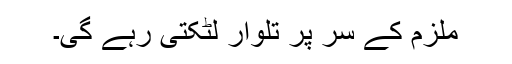
ملزم کے سر پر تلوار لٹکتی رہے گی۔